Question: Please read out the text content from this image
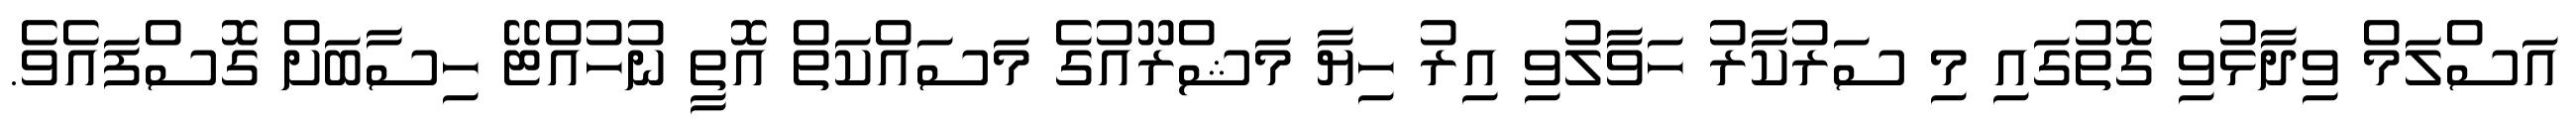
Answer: އަސްލަމް ވިދާޅުވި ގޮތުގައި މި ސަރުކާރު ހަވާލުވި އިރު ހިޔާ މަޝްރޫއުގެ މަސައްކަތް އޮތީ ނުހުއްޓޭ ހިސާބަށް ގޮސްފައެވެ.